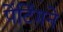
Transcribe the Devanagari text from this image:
पेंटिंगने